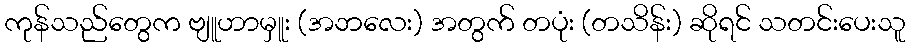
ကုန်သည်တွေက ဗျူဟာမှူး (အဘလေး) အတွက် တပုံး (တသိန်း) ဆိုရင် သတင်းပေးသူ